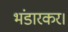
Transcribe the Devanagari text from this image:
भंडारकर।